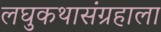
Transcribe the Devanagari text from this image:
लघुकथासंग्रहाला